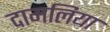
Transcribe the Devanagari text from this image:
दामलिया